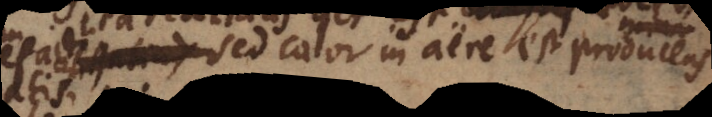
sed calor in aëre est producens